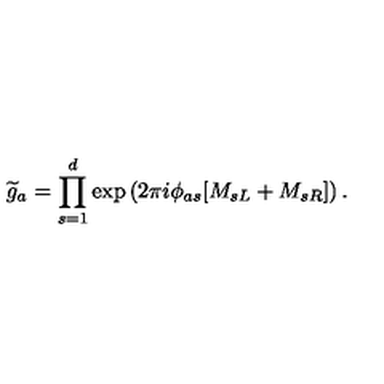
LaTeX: { \widetilde g } _ { a } = \prod _ { s = 1 } ^ { d } \exp \left( { 2 \pi i \phi _ { a s } } [ M _ { s L } + M _ { s R } ] \right) .